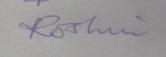
Signature authenticity: forged